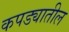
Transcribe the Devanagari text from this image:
कपड्यातील